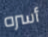
أسره